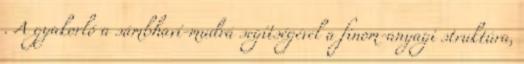
. A gyakorló a sámbhaví-mudrá segítségével a finom-anyagi struktúra,